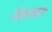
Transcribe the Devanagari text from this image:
शिनावत्राला